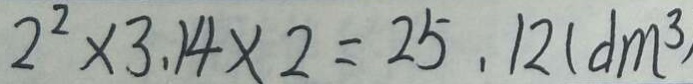
2 ^ { 2 } \times 3 . 1 4 \times 2 = 2 5 . 1 2 ( d m ^ { 3 } )